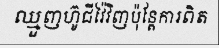
ឈ្មួញហ៊ូជីវ៉ៃវិញប៉ុន្តែការពិត